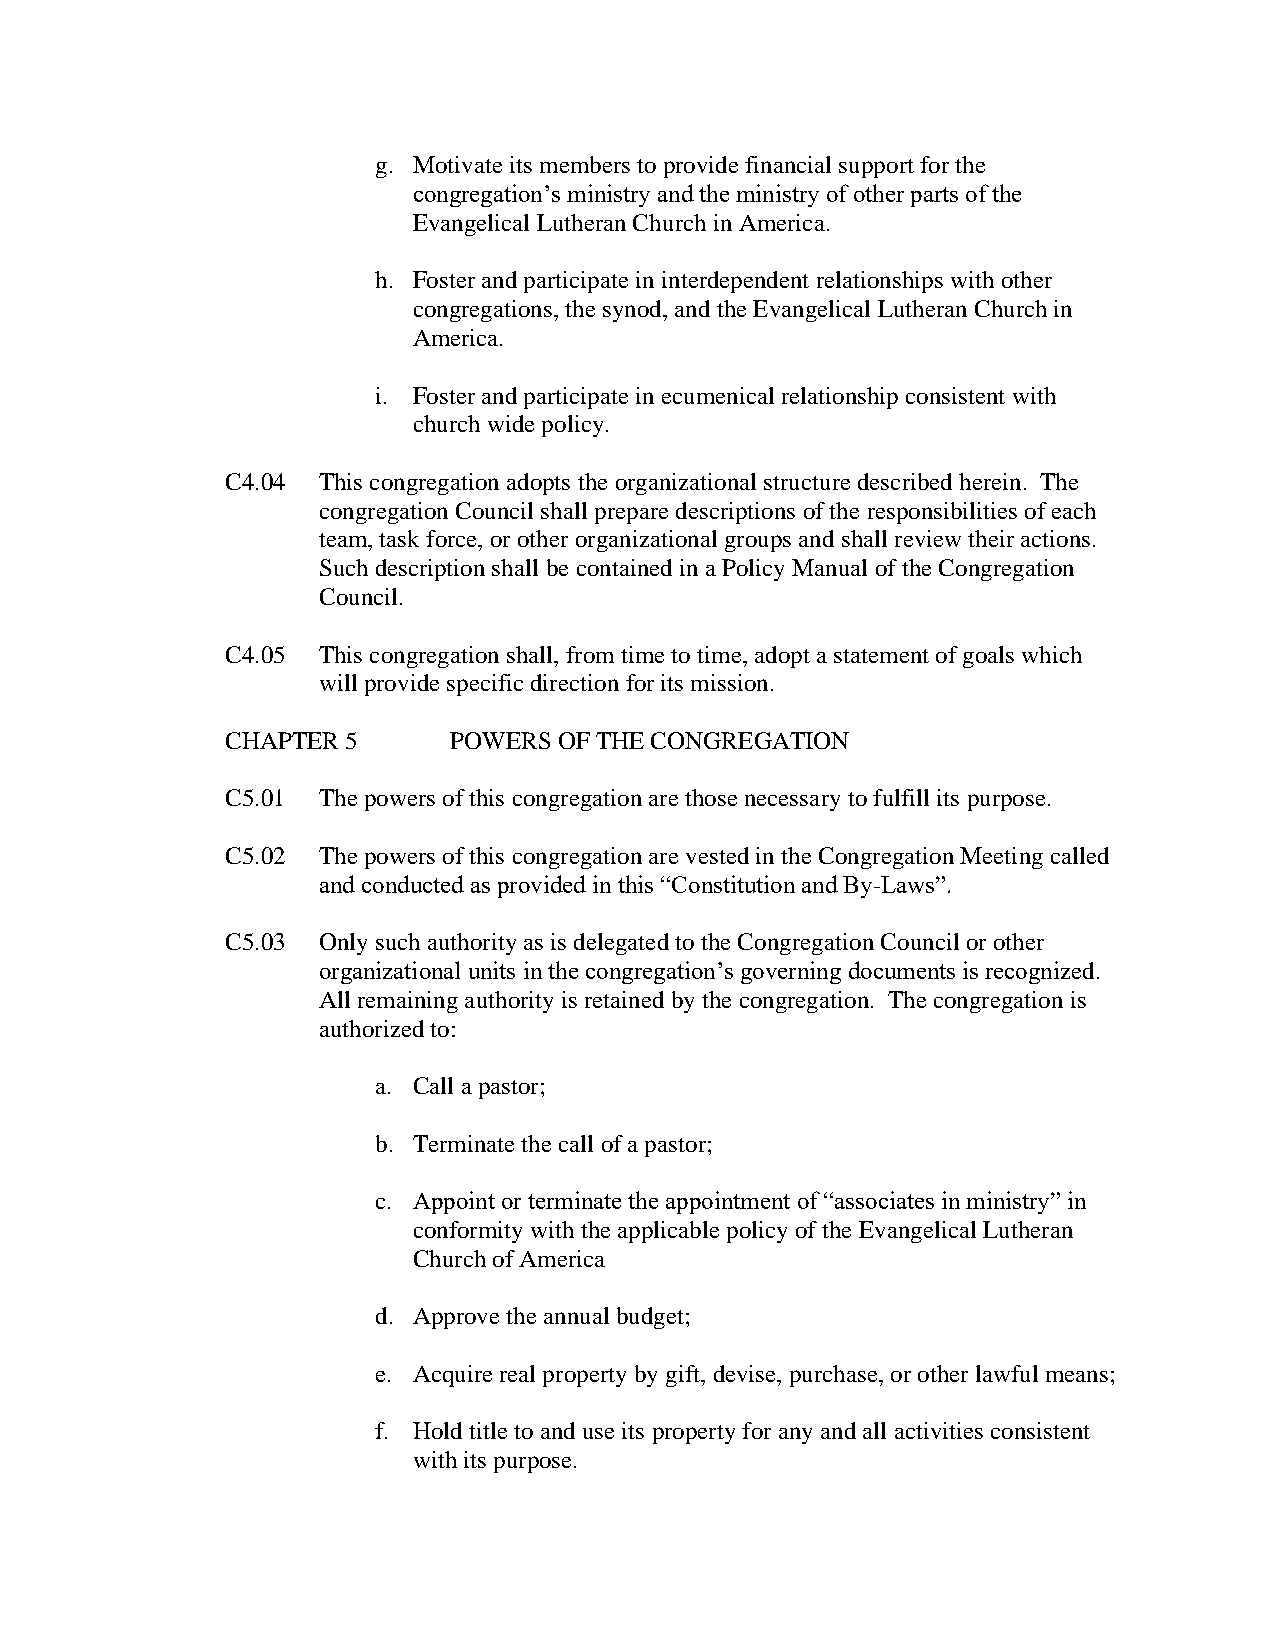
g. Motivate its members to provide financial support for the
 congregation’s ministry and the ministry of other parts of the
 Evangelical Lutheran Church in America.
 h. Foster and participate in interdependent relationships with other
 congregations, the synod, and the Evangelical Lutheran Church in
 America.
 i. Foster and participate in ecumenical relationship consistent with
 church wide policy.
 C4.04 This congregation adopts the organizational structure described herein. The
 congregation Council shall prepare descriptions of the responsibilities of each
 team, task force, or other organizational groups and shall review their actions.
 Such description shall be contained in a Policy Manual of the Congregation
 Council.
 C4.05 This congregation shall, from time to time, adopt a statement of goals which
 will provide specific direction for its mission.
 CHAPTER 5      POWERS OF THE CONGREGATION
 C5.01 The powers of this congregation are those necessary to fulfill its purpose.
 C5.02 The powers of this congregation are vested in the Congregation Meeting called
 and conducted as provided in this “Constitution and By-Laws”.
 C5.03 Only such authority as is delegated to the Congregation Council or other
 organizational units in the congregation’s governing documents is recognized.
 All remaining authority is retained by the congregation. The congregation is
 authorized to:
 a. Call a pastor;
 b. Terminate the call of a pastor;
 c. Appoint or terminate the appointment of “associates in ministry” in
 conformity with the applicable policy of the Evangelical Lutheran
 Church of America
 d. Approve the annual budget;
 e. Acquire real property by gift, devise, purchase, or other lawful means;
 f. Hold title to and use its property for any and all activities consistent
 with its purpose.